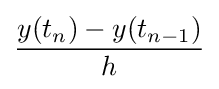
{\frac {y(t_{n})-y(t_{n-1})}{h}}